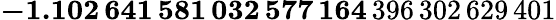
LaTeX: \mathbf{-1.102\, 641\, 581\, 032\, 577\, 164}\, 396\, 302\, 629\, 401